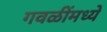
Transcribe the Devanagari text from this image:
गवळींमध्ये